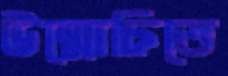
উন্মোচিতে